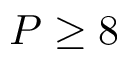
P \geq 8